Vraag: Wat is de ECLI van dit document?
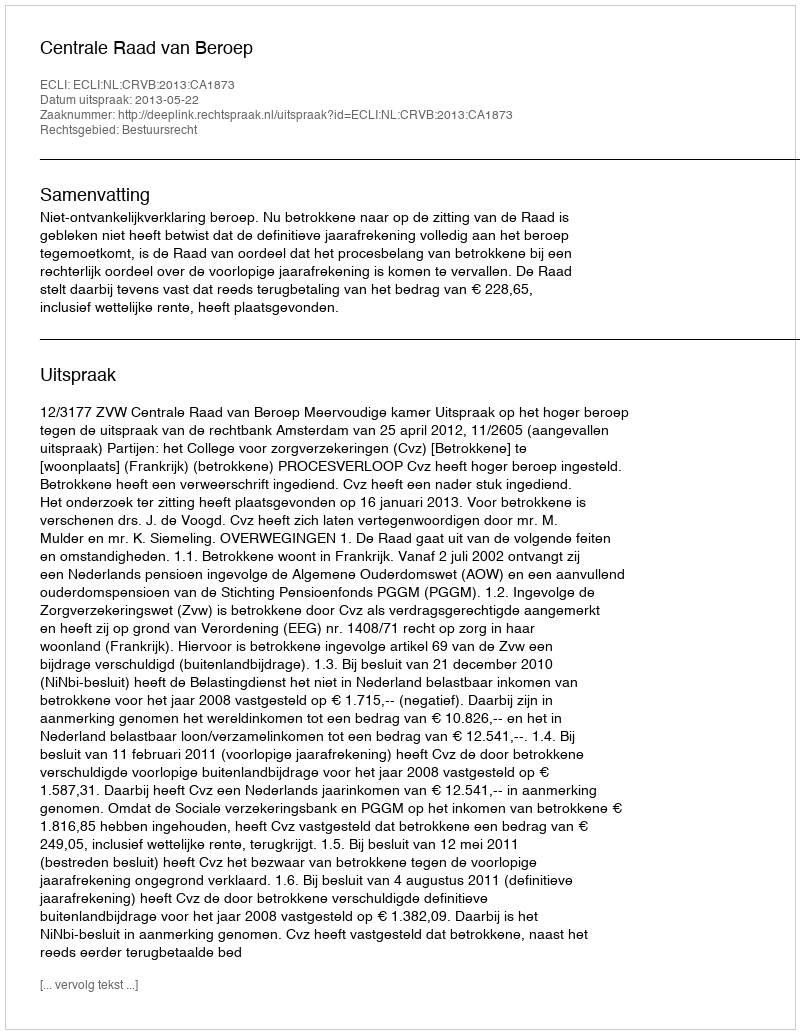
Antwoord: ECLI:NL:CRVB:2013:CA1873